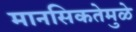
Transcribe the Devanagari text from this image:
मानसिकतेमुळे